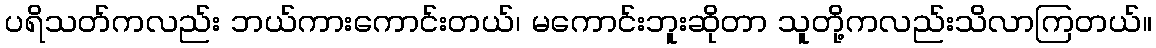
ပရိသတ်ကလည်း ဘယ်ကားကောင်းတယ်၊ မကောင်းဘူးဆိုတာ သူတို့ကလည်းသိလာကြတယ်။